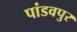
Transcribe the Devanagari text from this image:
पांडवपुर